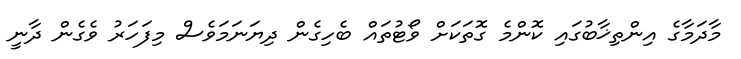
މާދަމާގެ އިންތިޚާބުގައި ކޮންމެ ގޮތަކަށް ވޯޓުތައް ބެހިގެން ދިޔަނަމަވެސް މިފަހަރު ވެގެން ދާނީ